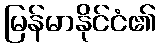
မြန်မာနိုင်ငံ၏